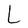
Character: L